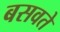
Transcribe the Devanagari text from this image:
बसवते